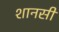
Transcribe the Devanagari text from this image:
शानसी